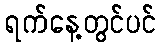
ရက်နေ့တွင်ပင်